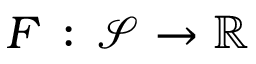
F \, : \, \mathcal { S } \rightarrow \mathbb { R }